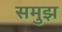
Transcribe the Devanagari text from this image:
समुझ